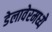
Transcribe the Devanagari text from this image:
डेलावेरमध्ये